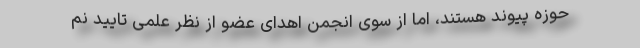
حوزه پیوند هستند، اما از سوی انجمن اهدای عضو از نظر علمی تایید نم